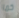
كما